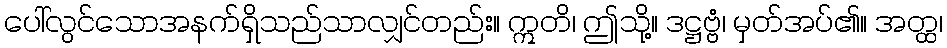
ပေါ်လွင်သောအနက်ရှိသည်သာလျှင်တည်း။ ဣတိ၊ ဤသို့။ ဒဋ္ဌဗ္ဗံ၊ မှတ်အပ်၏။ အတ္ထ၊